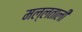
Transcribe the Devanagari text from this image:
मल्लताली